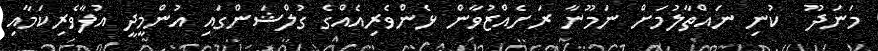
މަނަދޫ  ކުނި ނައްތާލުމަށް ނަމޫނާ ރަށެއްޒުވާން ޅެންވެރިއެއްގެ ގުލްޝަންގައި އުންމީދީ އުފާވެރިކަމާއި